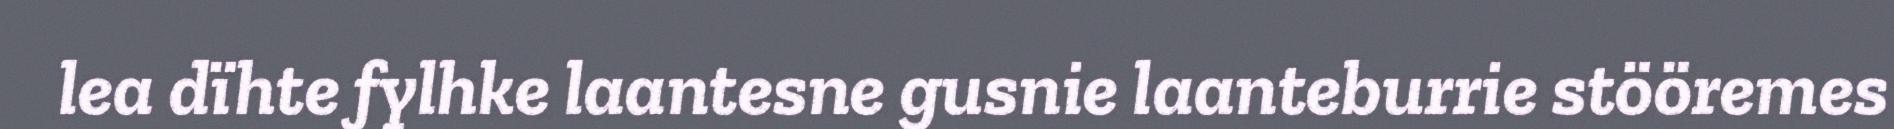
lea dïhte fylhke laantesne gusnie laanteburrie stööremes